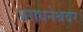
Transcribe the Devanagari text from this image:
अराधनेश्रवर